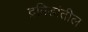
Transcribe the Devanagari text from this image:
द्रविडांतील